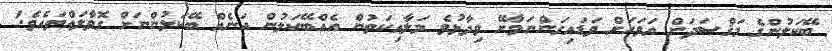
ބޭކަލުންގެ މަޤްޞަދަށް އަވަހަށް ވަޑައިގަންނަވާށޭ ވިދާޅުވެ މަލާއިކަތުން އެއްބޭކަލުން އަނެއް ބޭކަލުންނަށް ގޮވާލައްވައެވެ.'